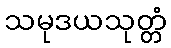
သမုဒယသုတ္တံ